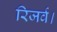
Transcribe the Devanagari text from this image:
रिजर्व।